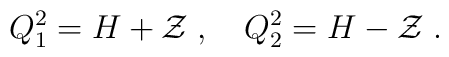
Q_1^2=H+{\cal Z}\;,\quad Q_2^2=H-{\cal Z}\;.